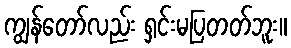
ကျွန်တော်လည်း ရှင်းမပြတတ်ဘူး။